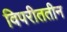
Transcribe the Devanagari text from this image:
विपरीततीन